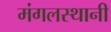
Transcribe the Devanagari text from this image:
मंगलस्थानी